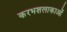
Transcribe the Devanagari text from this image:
करभशलाकाओं